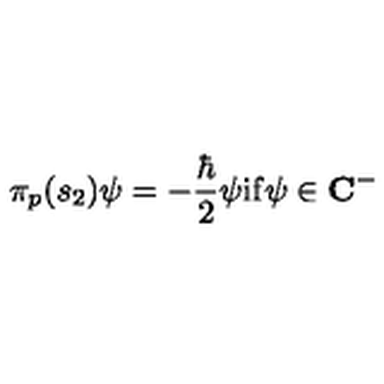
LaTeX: \pi _ { p } ( s _ { 2 } ) \psi = - \frac { \hbar } 2 \psi \mathrm { i } \mathrm { f } \psi \in { \bf C } ^ { - }